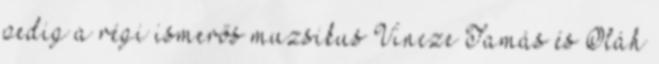
pedig a régi ismerős muzsikus Vincze Tamás és Oláh